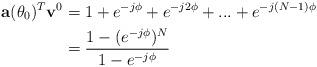
LaTeX: \begin{align*}\mathbf{a}(\theta_{0})^{T}\mathbf{v}^{0}&=1+e^{-j\phi}+e^{-j2\phi}+...+e^{-j(N-1)\phi}\\&=\frac{1-(e^{-j\phi})^N}{1-e^{-j\phi}}\end{align*}